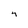
Character: 4